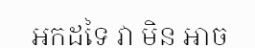
អ្នកដទៃ វា មិន អាច